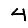
Digit: 4